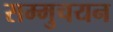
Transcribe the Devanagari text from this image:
सम्मुचयन